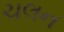
ચલન